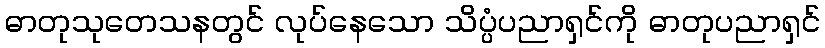
ဓာတုသုတေသနတွင် လုပ်နေသော သိပ္ပံပညာရှင်ကို ဓာတုပညာရှင်